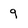
Character: 9